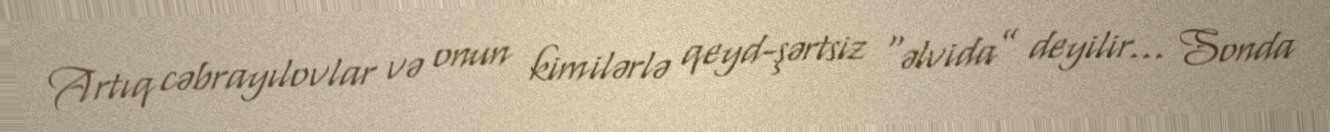
Artıq cəbrayılovlar və onun kimilərlə qeyd-şərtsiz “əlvida” deyilir... Sonda